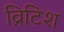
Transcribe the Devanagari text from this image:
व्रिटिश